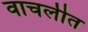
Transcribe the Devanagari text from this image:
वाचलीत